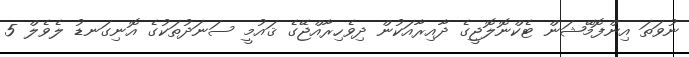
ނުވަތަ އިންފޮމޭޝަން ޓެކްނޮލޮޖީގެ ދާއިރާއަކުން ދިވެހިރާއްޖޭގެ ޤައުމީ ސަނަދުތަކުގެ އޮނިގަނޑު ލެވެލް 5